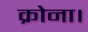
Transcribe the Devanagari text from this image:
क्रोना।